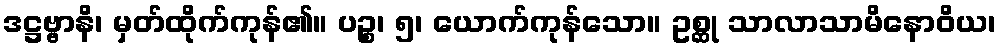
ဒဋ္ဌဗ္ဗာနိ၊ မှတ်ထိုက်ကုန်၏။ ပဉ္စ၊ ၅၊ ယောက်ကုန်သော။ ဥစ္ဆု သာလာသာမိနောဝိယ၊